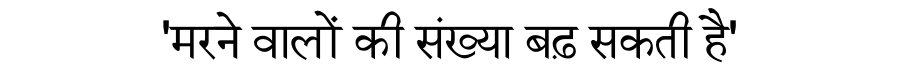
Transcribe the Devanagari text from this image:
'मरने वालों की संख्या बढ़ सकती है'